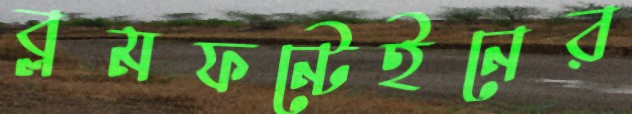
ব্লমফন্টেইনের